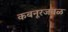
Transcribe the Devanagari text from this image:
कबनूरजवळ